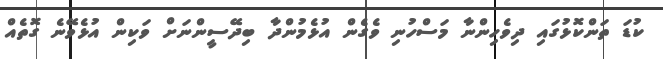
ކުޑަ ތަންކޮޅުގައި ދިވެހިންނާ މަސްހުނި ވެގެން އުޅެމުންދާ ބިދޭސީންނަށް ވަކިން އުޅެވޭނެ ގޮތެއް